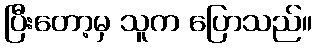
ပြီးတော့မှ သူက ပြောသည်။